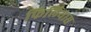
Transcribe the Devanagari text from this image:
फिलियास